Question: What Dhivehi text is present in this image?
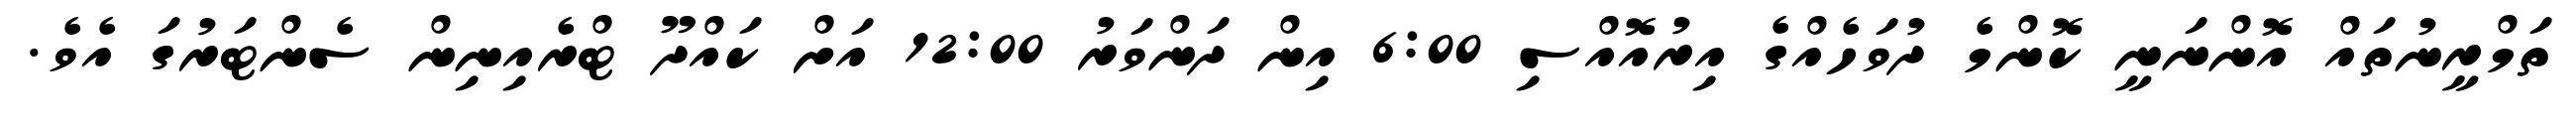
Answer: ތަމްރީނުތައް އޮންނަނީ ކޮންމެ ދުވަހެއްގެ އިރުއޮއްސި 6:00 އިން ދަންވަރު 12:00 އަށް ކައްދޫ ޓްރެއިނިން ސެންޓަރުގަ އެވެ.